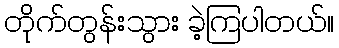
တိုက်တွန်းသွား ခဲ့ကြပါတယ်။